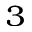
^ 3